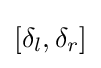
[\delta _{l},\delta _{r}]